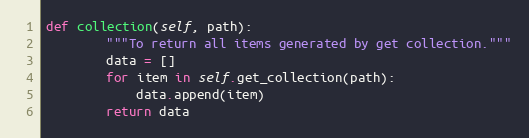
Language: Python
def collection(self, path):
        """To return all items generated by get collection."""
        data = []
        for item in self.get_collection(path):
            data.append(item)
        return data